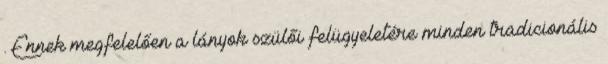
. Ennek megfelelően a lányok szülői felügyeletére minden tradicionális